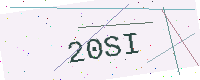
Text: 20SI